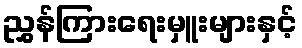
ညွှန်ကြားရေးမှူးများနှင့်